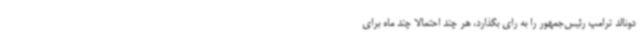
دونالد ترامپ رئیس‌جمهور را به رای بگذارد، هر چند احتمالا چند ماه برای